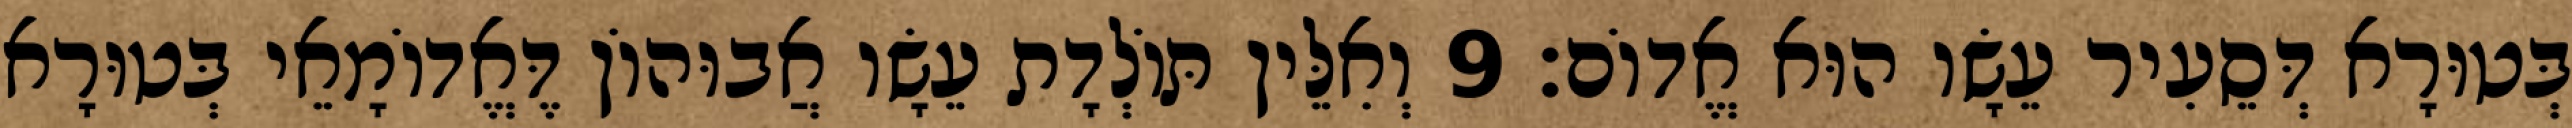
בְּטוּרָא דְּסֵעִיר עֵשָׂו הוּא אֱדוֹם׃ 9 וְאִלֵּין תּוֹלְדָת עֵשָׂו אֲבוּהוֹן דֶּאֱדוֹמָאֵי בְּטוּרָא